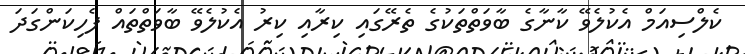
ކެލްސިއަމް އެކުލެވޭ ކާނާގެ ބާވަތްތަކުގެ ތެރޭގައި ކިރާއި ކިރު އެކުލެވޭ ބާވަތްތައް ފެހިކަންގަދަ